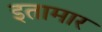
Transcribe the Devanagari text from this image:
इतामार